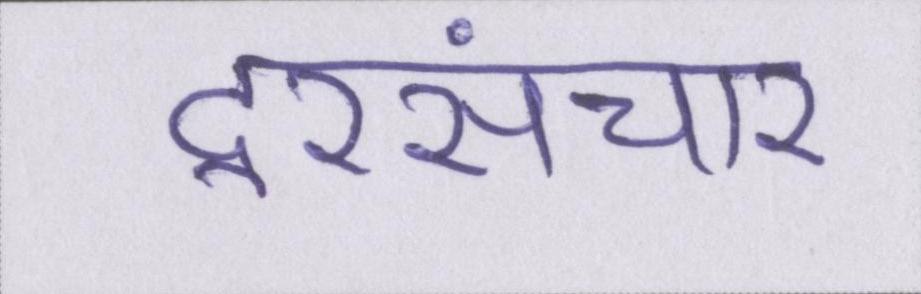
दूरसंचार